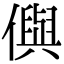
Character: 㒜